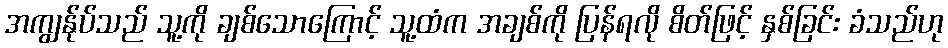
အကျွန်ုပ်သည် သူ့ကို ချစ်သောကြောင့် သူ့ထံက အချစ်ကို ပြန်ရလို စိတ်ဖြင့် နှစ်ခြင်း ခံသည်ဟု